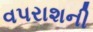
વપરાશની